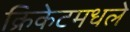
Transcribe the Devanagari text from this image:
क्रिकेटमधले